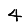
Digit: 4